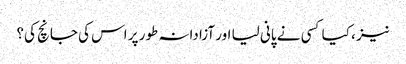
نیز ، کیا کسی نے پانی لیا اور آزادانہ طور پر اس کی جانچ کی؟